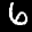
Label: 6